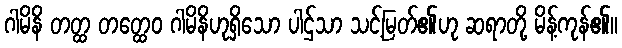
ဂါမိနိ တတ္ထ တတ္ထေဝ ဂါမိနိဟုရှိသော ပါဌ်သာ သင့်မြတ်၏ဟု ဆရာတို့ မိန့်ကုန်၏။